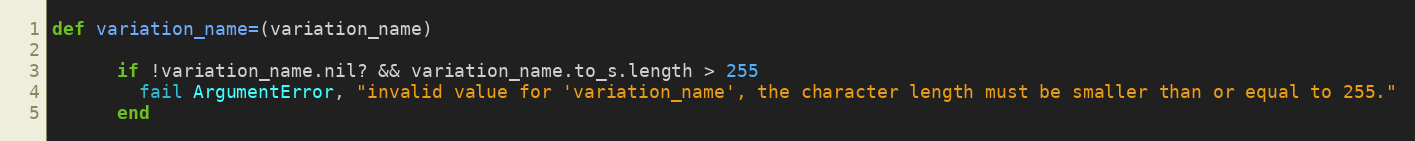
Language: Ruby
def variation_name=(variation_name)

      if !variation_name.nil? && variation_name.to_s.length > 255
        fail ArgumentError, "invalid value for 'variation_name', the character length must be smaller than or equal to 255."
      end